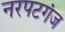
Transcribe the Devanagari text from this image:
नरपटगंज